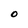
Character: O